Vaccination in Bombay 1902-1912 - 1902-1912
Year: 1902
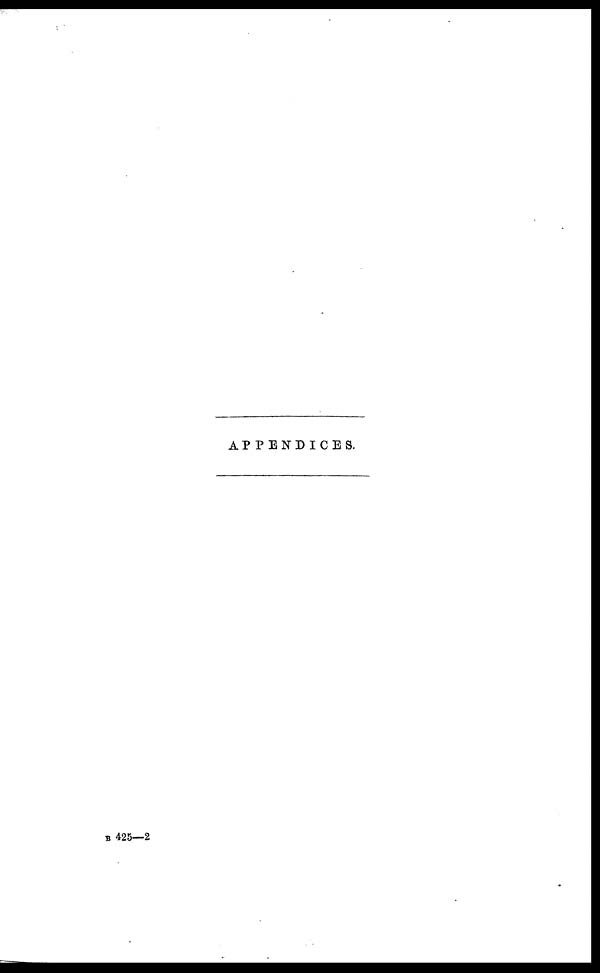
APPENDICES.
B 425—2